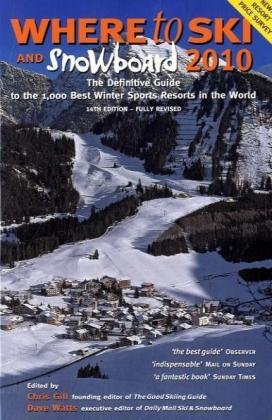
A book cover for Where to Ski and Snowboard 2010: The 1,000 Best Winter Sports Resorts in the World; Chris Gill; Sports & Outdoors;